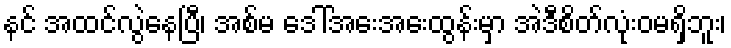
နင် အထင်လွဲနေပြီ၊ အစ်မ ဒေါ်အေးအေးထွန်းမှာ အဲဒီစိတ်လုံးဝမရှိဘူး၊